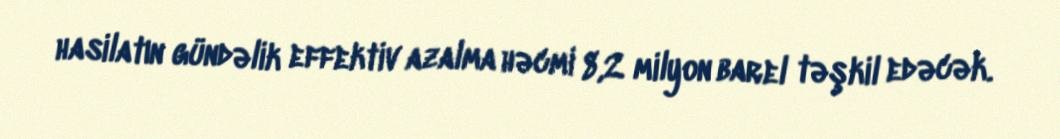
hasilatın gündəlik effektiv azalma həcmi 8,2 milyon barel təşkil edəcək.